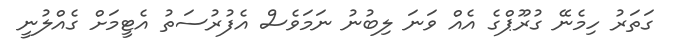
ގަތަރު ހިމެނޭ ގުރޫޕްގެ އެއް ވަނަ ލިބުނު ނަމަވެސް އެފުރުސަތު އެޓީމަށް ގެއްލުނީ